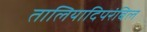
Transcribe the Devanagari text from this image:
तालियादिपरंबिल